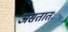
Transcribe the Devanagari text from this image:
असतातः